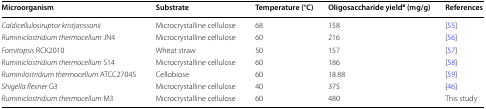
<table><thead><tr><td><b>Microorganism</b></td><td><b>Substrate</b></td><td><b>Temperature (°C)</b></td><td><b>Oligosaccharide yield<sup>a</sup> (mg/g)</b></td><td><b>References</b></td></tr></thead><tbody><tr><td><i>Caldicellulosiruptor kristjanssonii</i></td><td>Microcrystalline cellulose</td><td>68</td><td>158</td><td>[55]</td></tr><tr><td><i>Ruminiclostridium thermocellum</i> JN4</td><td>Microcrystalline cellulose</td><td>60</td><td>216</td><td>[56]</td></tr><tr><td><i>Fomitopsis</i> RCK2010</td><td>Wheat straw</td><td>50</td><td>157</td><td>[57]</td></tr><tr><td><i>Ruminiclostridium thermocellum</i> S14</td><td>Microcrystalline cellulose</td><td>60</td><td>186</td><td>[58]</td></tr><tr><td><i>Ruminilostridium thermocellum</i> ATCC27045</td><td>Cellobiose</td><td>60</td><td>18.88</td><td>[59]</td></tr><tr><td><i>Shigella flexner</i> G3</td><td>Microcrystalline cellulose</td><td>40</td><td>375</td><td>[46]</td></tr><tr><td><i>Ruminiclostridium thermocellum</i> M3</td><td>Microcrystalline cellulose</td><td>60</td><td>480</td><td>This study</td></tr></tbody></table>